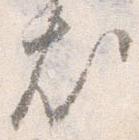
尤